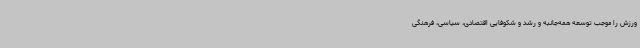
ورزش را موجب توسعه همه‌جانبه و رشد و شکوفایی اقتصادی، سیاسی، فرهنگی